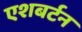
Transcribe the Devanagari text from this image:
एशबर्टन